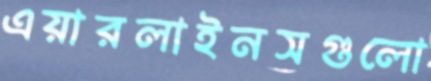
এয়ারলাইনসগুলো